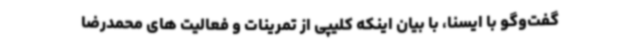
گفت‌وگو با ایسنا، با بیان اینکه کلیپی از تمرینات و فعالیت های محمدرضا